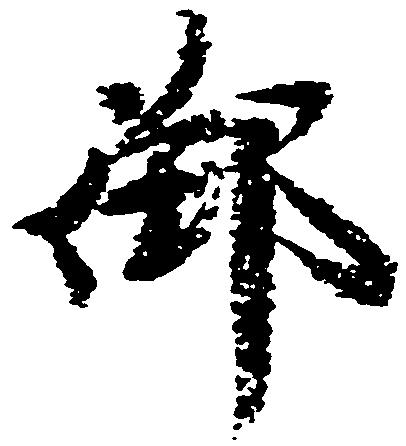
御